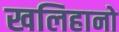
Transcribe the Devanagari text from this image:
खलिहानो